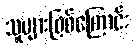
သူများဖြစ်ကြောင်း